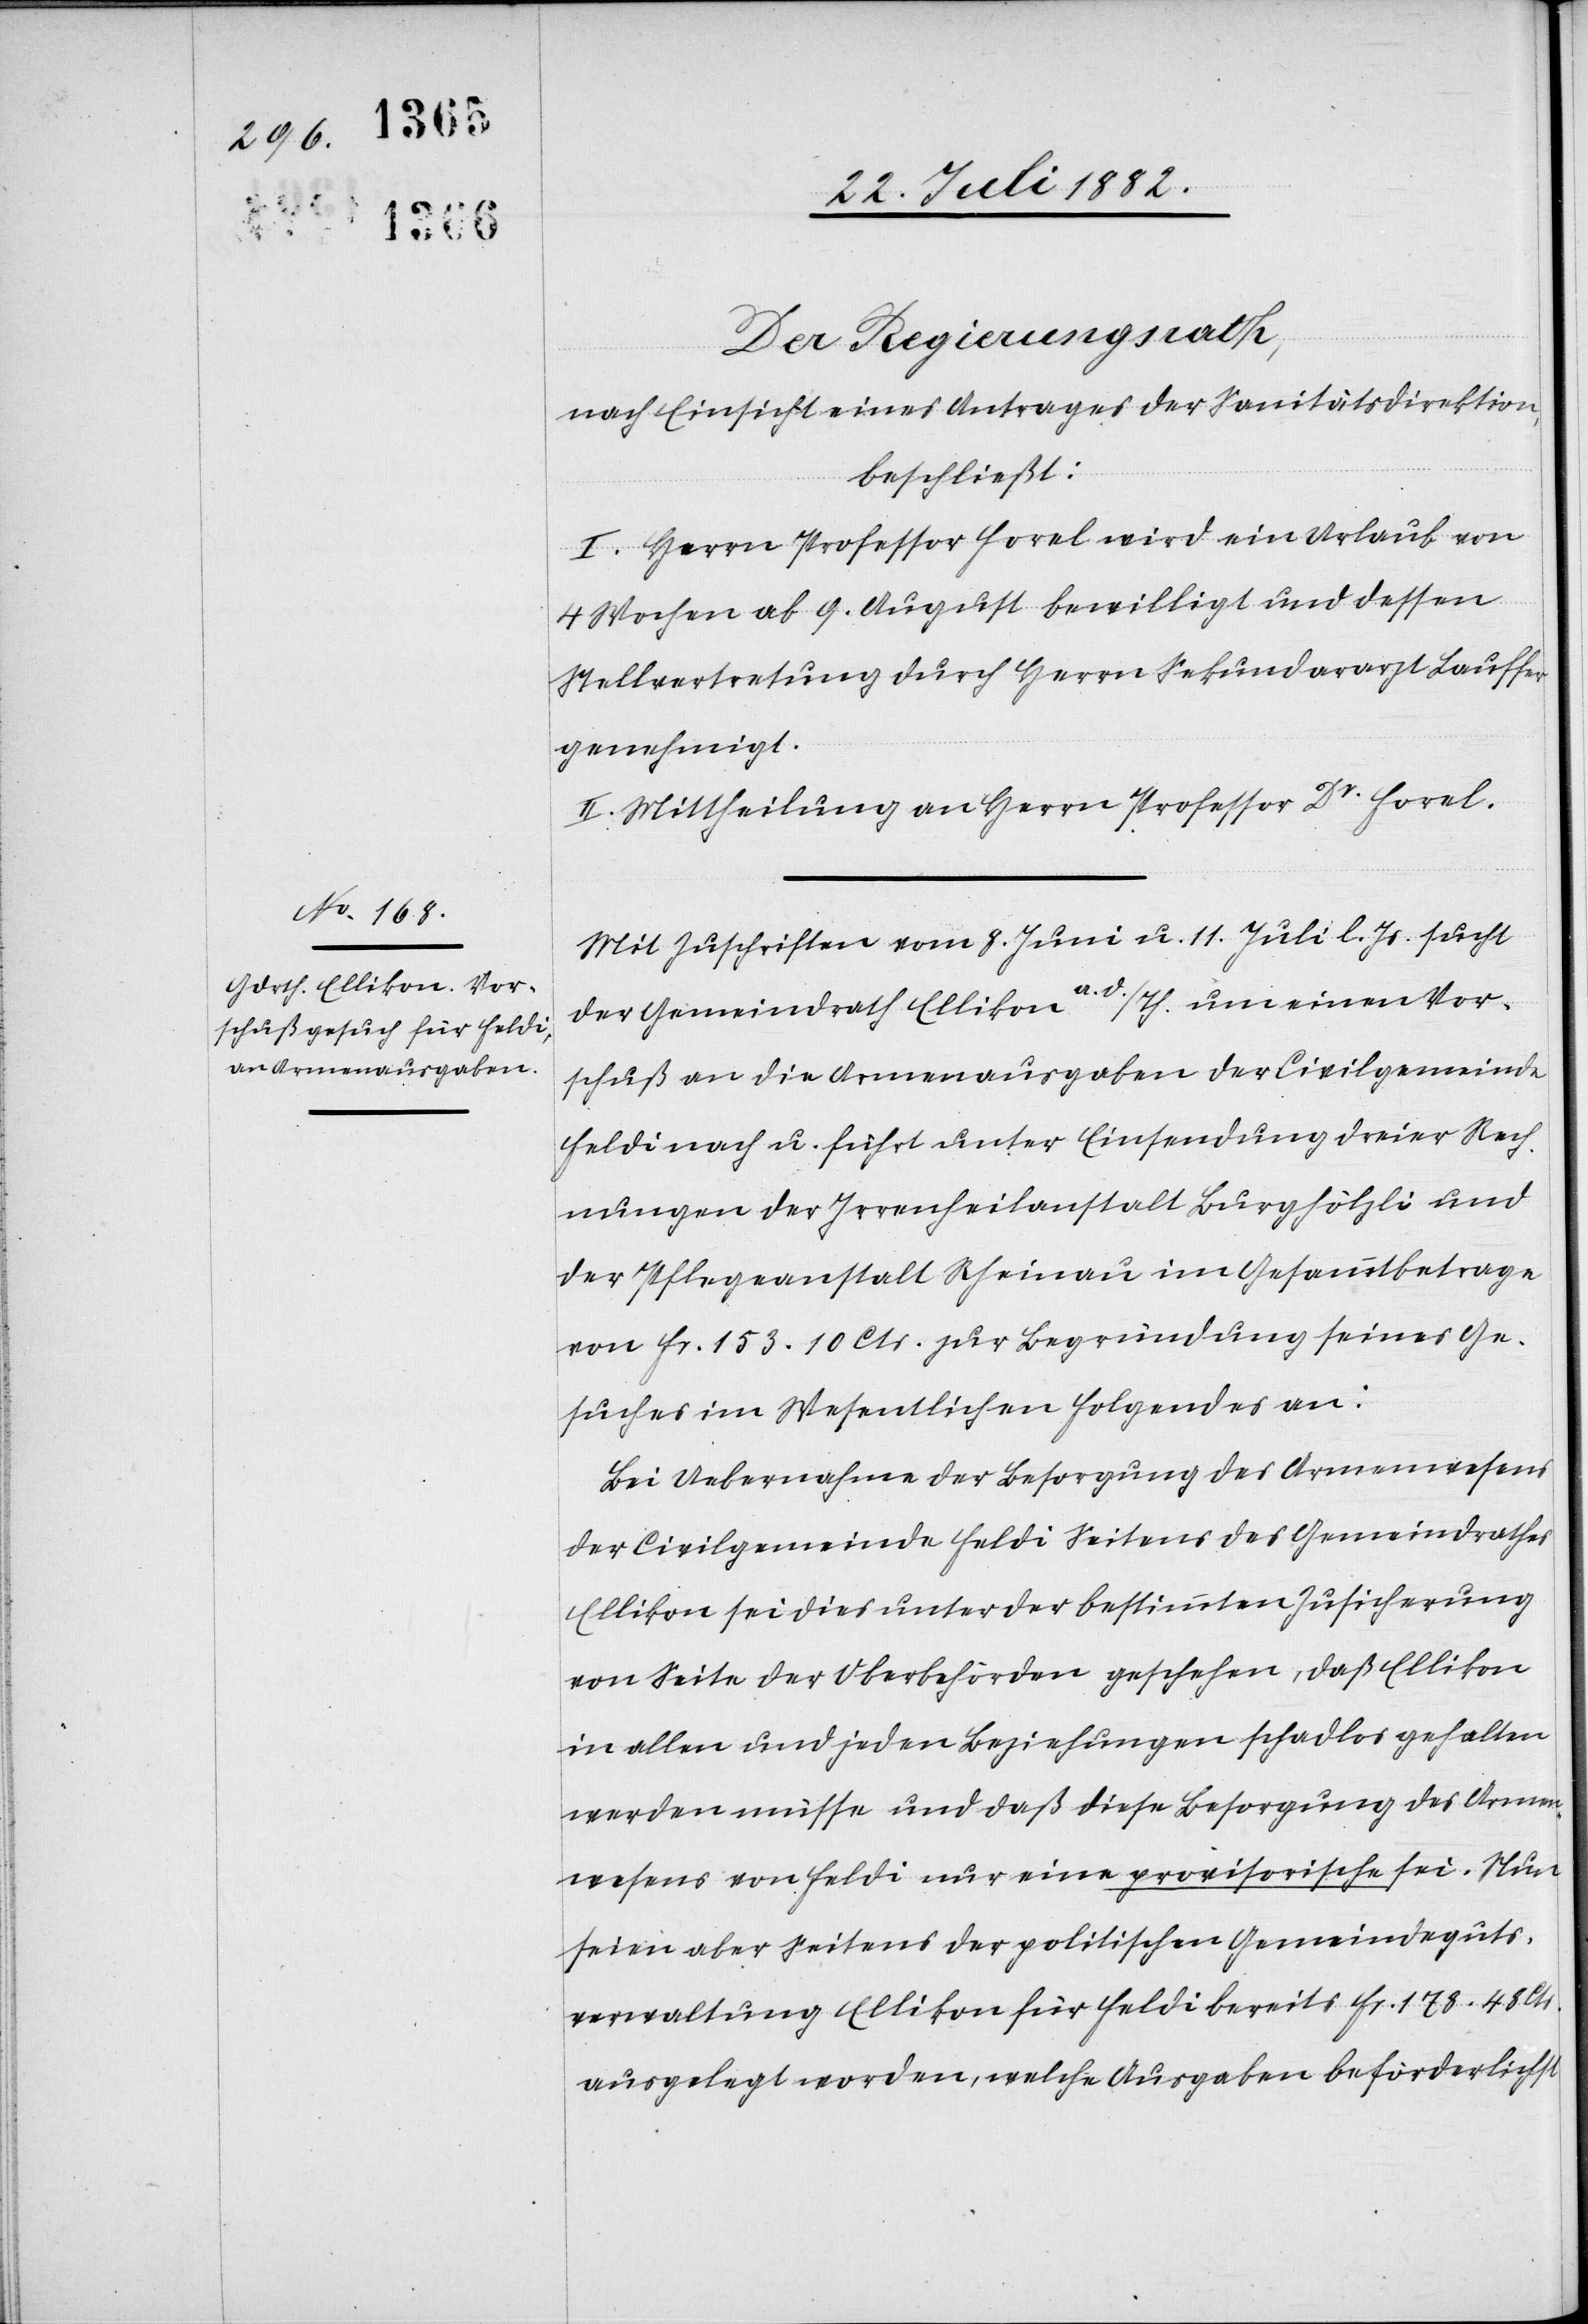
Der Regierungsrath,
nach Einsicht eines Antrages der Sanitätsdirektion,
beschließt:
I. Herrn Professor Forel wird ein Urlaub von
4 Wochen ab 9. August bewilligt und dessen
Stellvertretung durch Herrn Sekundararzt Lauffer
genehmigt.
II. Mittheilung an Herrn Professor Dr Forel.
Mit Zuschriften vom 8. Juni u. 11. Juli l. Js. sucht
a. d./Th. um einen Vor¬
der Gemeindrath Ellikon
schuß an die Armenausgaben der Civilgemeinde
Feldi nach u. fügt unter Einsendung dreier Rech¬
nungen der Irrenheilanstalt Burghölzli und
der Pflegeanstalt Rheinau im Gesammtbetrage
von Fr. 153. 10 Cts. zur Begründung seines Ge¬
suches im Wesentlichen Folgendes an:
Bei Uebernahme der Besorgung des Armenwesens
der Civilgemeinde Feldi Seitens des Gemeindrathes
Ellikon sei dies unter der bestimmten Zusicherung
von Seite der Oberbehörden geschehen, daß Ellikon
in allen und jeden Beziehungen schadlos gehalten
werden müsse und daß diese Besorgung des Armen¬
gutes von Feldi nur eine provisorische sei. Nun
seien aber seitens der politischen Gemeindeguts¬
verwaltung Ellikon für Feldi bereits Fr. 178. 48 Cts.
ausgelegt worden, welche Ausgaben beförderlichst